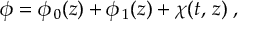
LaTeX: \phi = \phi _ { \, 0 } ( z ) + \phi _ { \, 1 } ( z ) + \chi ( t , \, z ) \; ,